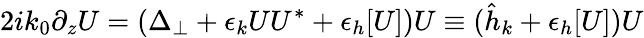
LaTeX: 2ik_{0}\partial_{z}U=(\Delta_{\perp}+\epsilon_{k}UU^{*}+\epsilon_{h}[U])U\equiv(\hat{h}_{k}+\epsilon_{h}[U])U